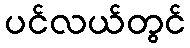
ပင်လယ်တွင်